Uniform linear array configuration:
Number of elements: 12
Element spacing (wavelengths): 0.5
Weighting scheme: uniform
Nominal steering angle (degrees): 15
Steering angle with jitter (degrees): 13.124
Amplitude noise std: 0.05
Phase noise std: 0.05

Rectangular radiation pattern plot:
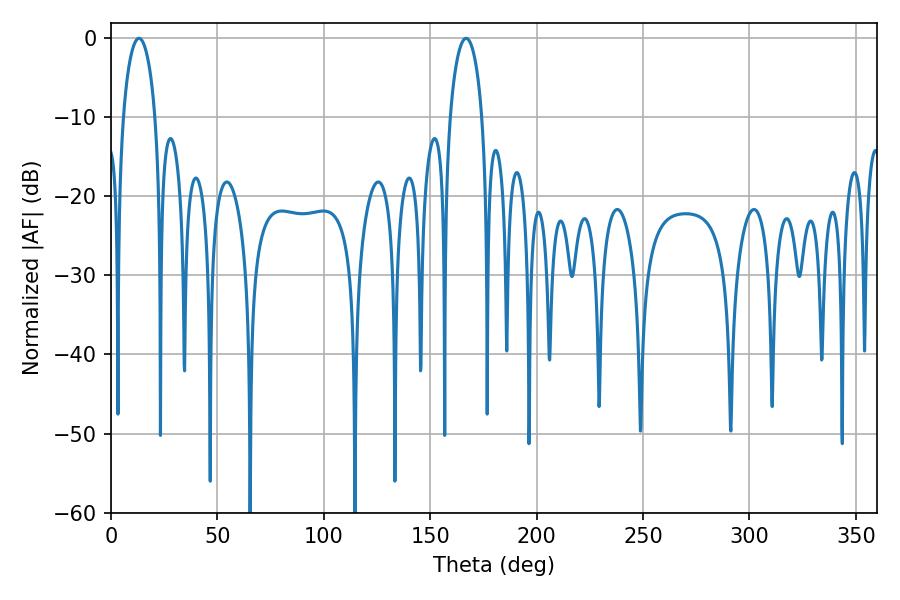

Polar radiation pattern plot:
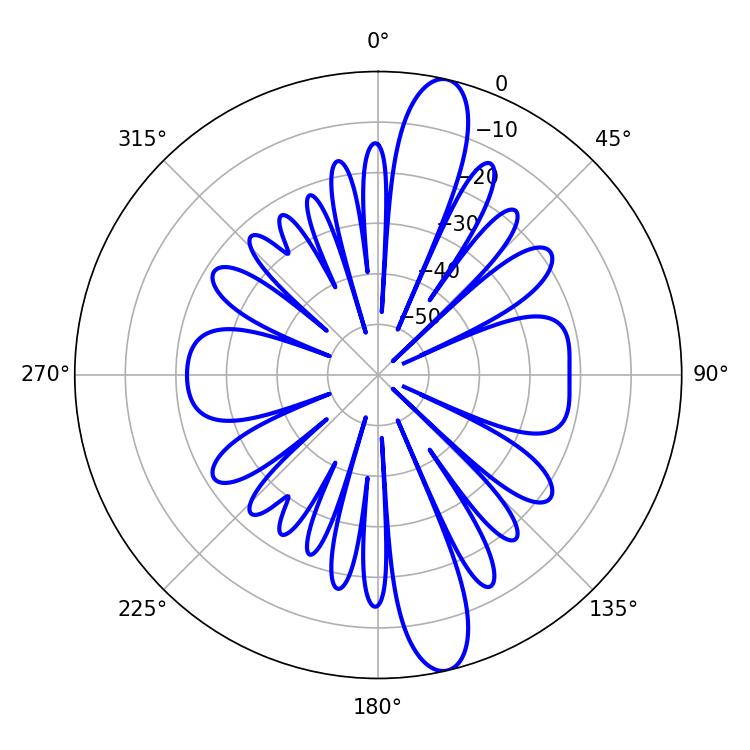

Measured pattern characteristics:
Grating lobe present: FALSE
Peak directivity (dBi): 14.001
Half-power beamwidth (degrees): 8.64
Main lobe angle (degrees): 13.14